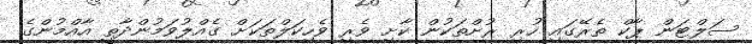
ސަލްޓަން ޕާކް ތެރޭގައި ހުރި ރުށްތަކުން ކާށި ވެރި ވެހިކަލްތަކަށް ގެއްލުވަމުންދާތީ އާއްމުންގެ